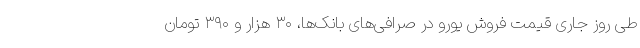
طی روز جاری قیمت فروش یورو در صرافی‌های بانک‌ها، ۳۰ هزار و ۳۹۰ تومان